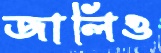
জালিও